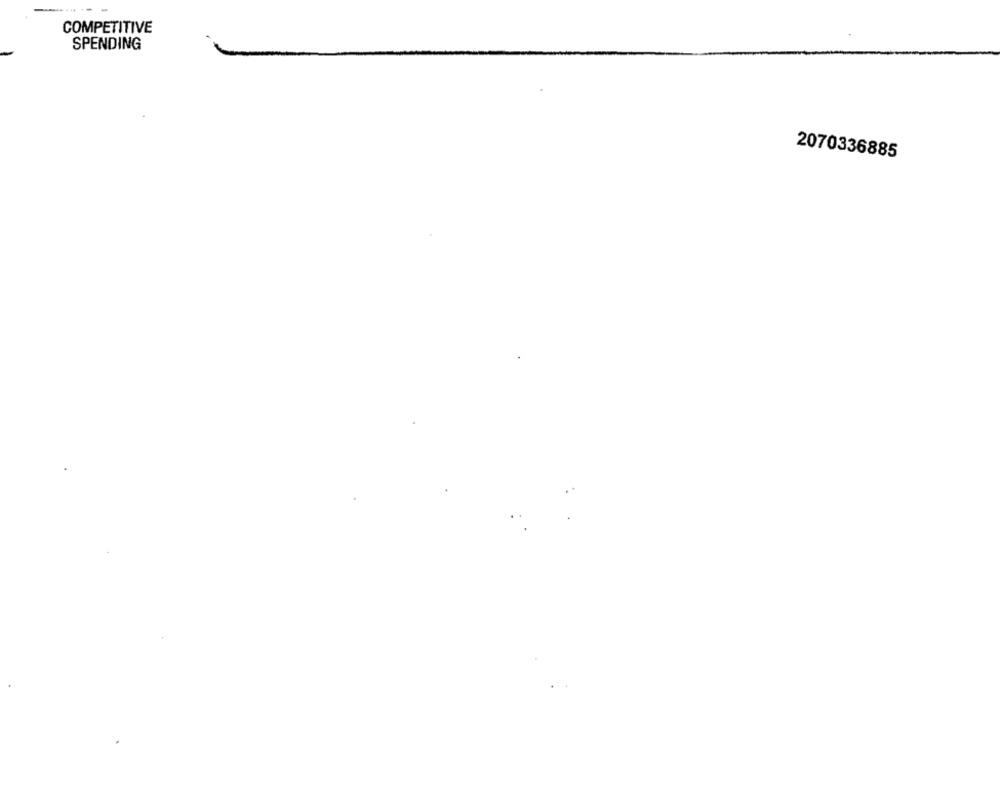
COMPETITIVE
SPENDING
2070336885